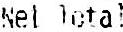
NET TOTAL